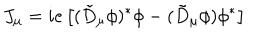
J _ { \mu } = i e \left[ ( \tilde { D } _ { \mu } \phi ) ^ { * } \phi - ( \tilde { D } _ { \mu } \phi ) \phi ^ { * } \right]